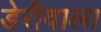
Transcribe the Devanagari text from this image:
डेरीवाला